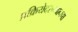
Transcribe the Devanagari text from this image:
प्रक्रियेदरम्यानचा